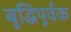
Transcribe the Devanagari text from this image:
बुद्धिपूर्वक